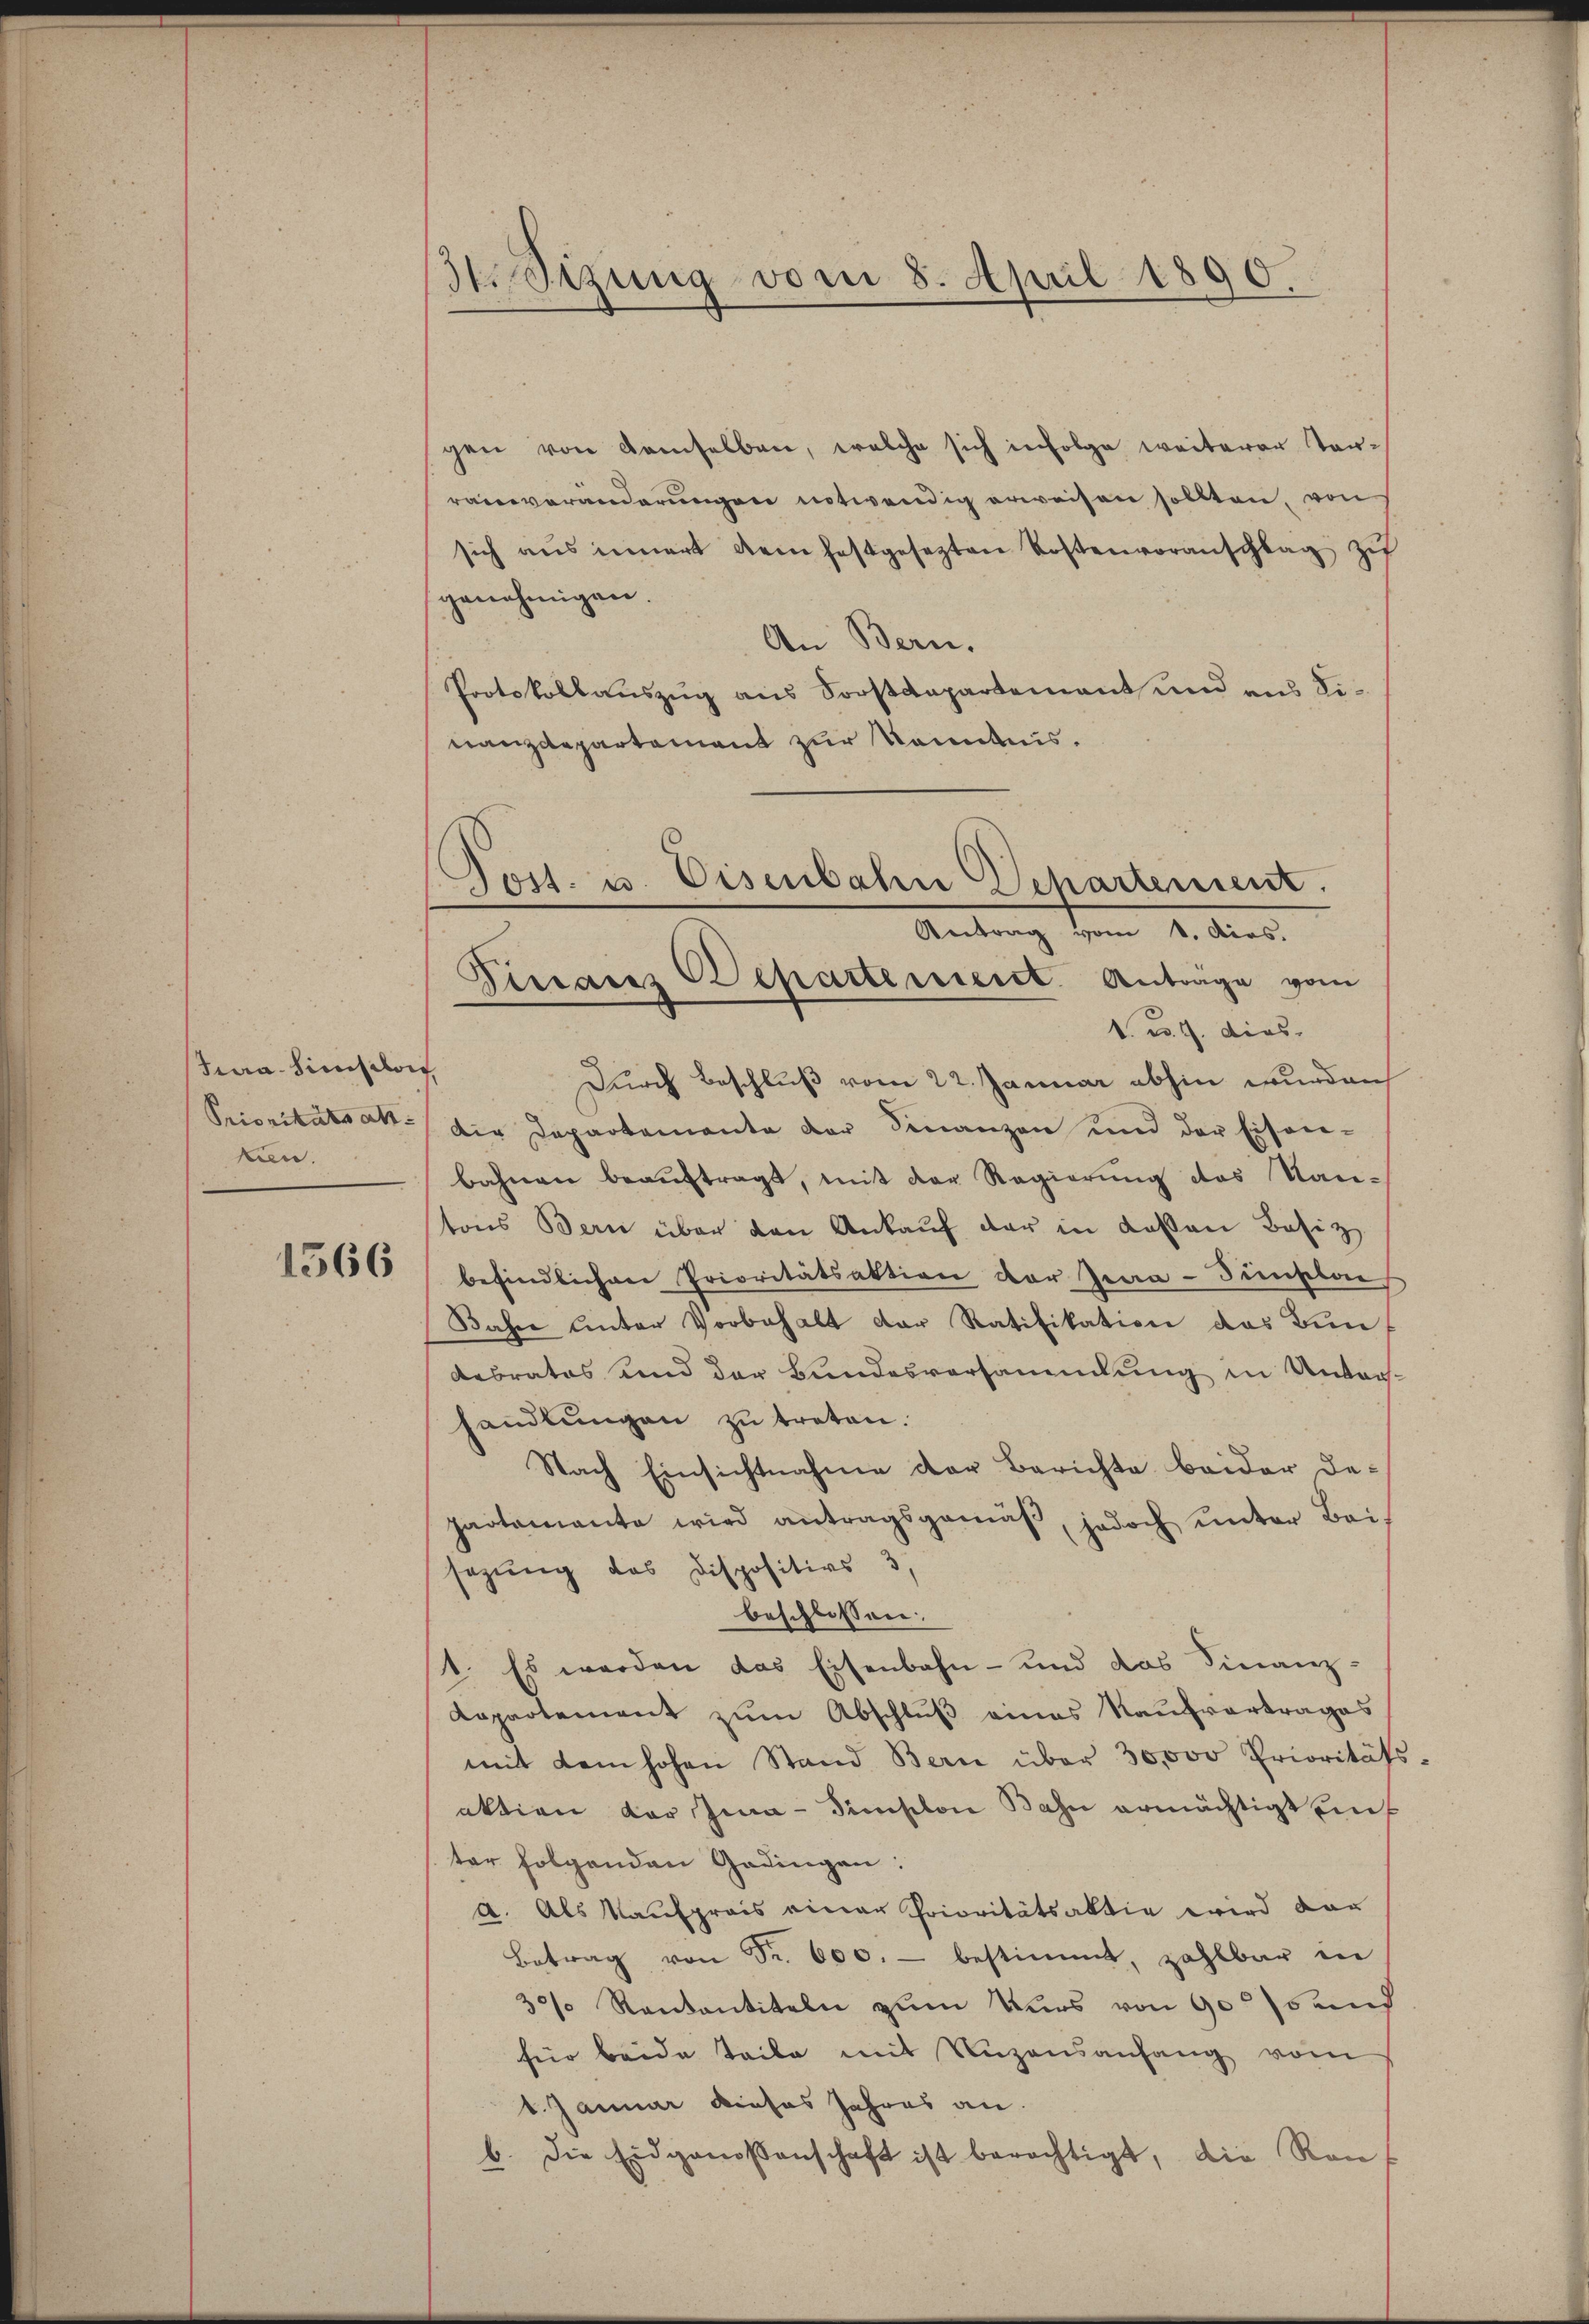
Jura-Sinsdorf
Prioritätsankan.

1566

3t. Sizung vom 8. April 1890.

Post. u. Eisenbahn Departement.
Antrag vom 1. dies.
Sirranz Departement. Antrage vom
1. d. J. dies

gen von demselben, welche sich infolge weiterer Ter-
ranveränderungen notwendig erweisen sollten, von
sich aŭs innert dem festgesezten Kostenvoranschlag zŭ
genehmigen.
An Bern.
Protokollauszug aus Sorstdepartement und aus Linanzdepartement zur Kenntnis.
Durch Beschluß vom 22. Januar abhin wurden
Die Departemente der Finanzen und der Eisen-
bahnen beauftragt, mit der Regierung des Kan-
tons Bern über den Ankaŭf der in Kosten Besiz
befindlichen Prioritätsaktion der Jena-Tunselbe
Jahre unter Vorbehalt der Ratifikation das Bun¬
Rebrates und der Bundesversammlung in Unterhandlungen zu treten.
Nach Einsichtnahme der Berichte beider De-
partamante wird antragsgemäß, jedoch unter Bei-
sezung das Dispositivs 3,
beschlossen:
1. Es werden das Eisenbahn- und das Finanz-
Laprotement zum Abschluß eines Kaufvertrages
mit dem hohen Stand Bern über 30,000 Prioritätsaktion der Ima-Dimischon Bahn ermächtigt ein
ter folgenden Gedingen:
a. Als Kaufpreis einer Prioritätsaktie wird dar
Betrag von Fr. 600.- bestimmt, zahlbar in
30% Rantantiteln zum Kurs von 905 und
für beide Teile mit Nuzensanfang vom
1. Januar dieses Jahres an.
b. Die Eidgenossenschaft ist berechtigt, die Ran